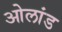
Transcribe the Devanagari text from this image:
ओलांड